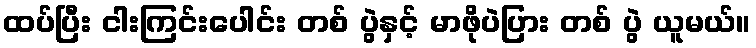
ထပ်ပြီး ငါးကြင်းပေါင်း တစ် ပွဲနှင့် မာဖိုပဲပြား တစ် ပွဲ ယူမယ်။